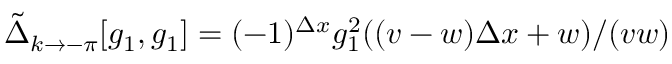
\tilde { \Delta } _ { k \to - \pi } [ g _ { 1 } , g _ { 1 } ] = ( - 1 ) ^ { \Delta x } g _ { 1 } ^ { 2 } ( ( v - w ) \Delta x + w ) / ( v w )